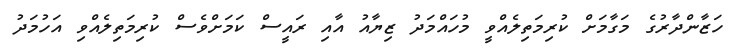
ހަޒާންދާރުގެ މަގާމަށް ކުރިމަތިލެއްވީ މުހައްމަދު ޒިޔާއު އާއި ރައީސް ކަމަށްވެސް ކުރިމަތިލެއްވި އަހުމަދު